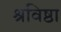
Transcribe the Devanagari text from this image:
श्रविष्ठा